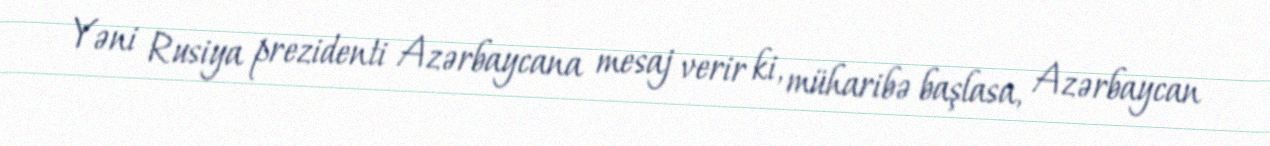
Yəni Rusiya prezidenti Azərbaycana mesaj verir ki, müharibə başlasa, Azərbaycan